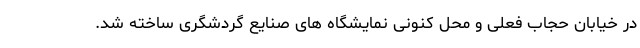
در خیابان حجاب فعلی و محل کنونی نمایشگاه های صنایع گردشگری ساخته شد.